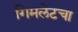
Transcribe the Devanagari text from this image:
गिमलेटचा